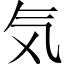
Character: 気